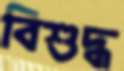
বিশুদ্ধ